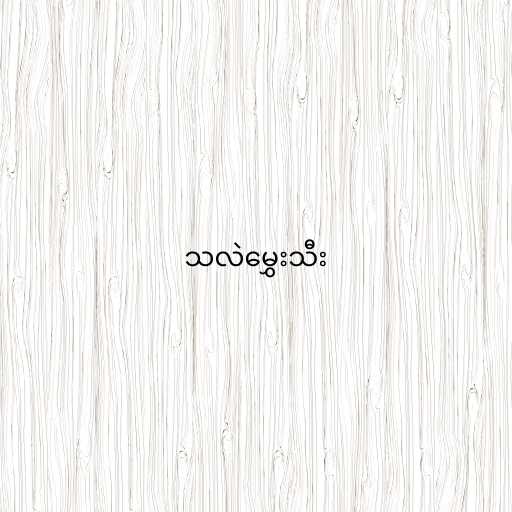
သလဲမွှေးသီး